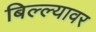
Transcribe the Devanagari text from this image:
बिल्ल्यावर